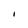
Character: I